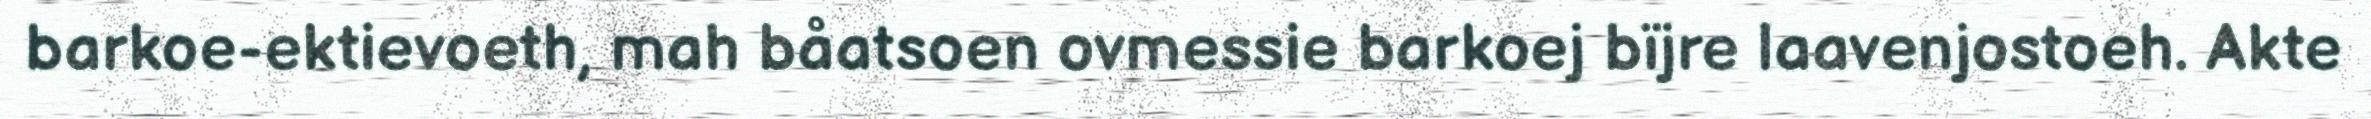
barkoe-ektievoeth, mah båatsoen ovmessie barkoej bïjre laavenjostoeh. Akte